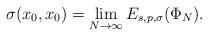
LaTeX: \begin{align*}\sigma(x_0,x_0)=\lim_{N\to\infty}E_{s,p,\sigma}(\Phi_N).\end{align*}